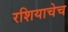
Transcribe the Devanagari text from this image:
रशियाचेच